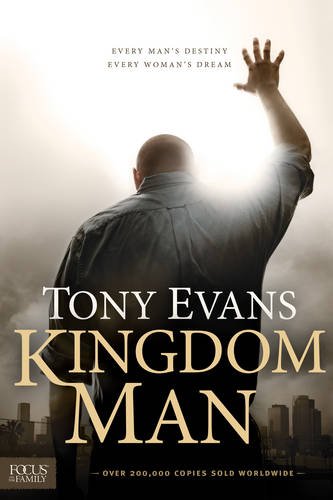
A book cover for Kingdom Man: Every Man's Destiny, Every Woman's Dream; Tony Evans; Parenting & Relationships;